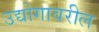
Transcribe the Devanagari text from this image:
उद्योगावरील